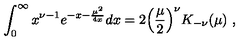
\int _ { 0 } ^ { \infty } x ^ { \nu - 1 } e ^ { - x - { \frac { \mu ^ { 2 } } { 4 x } } } d x = 2 \Big ( { \frac { \mu } { 2 } } \Big ) ^ { \nu } K _ { - \nu } ( \mu ) \ ,